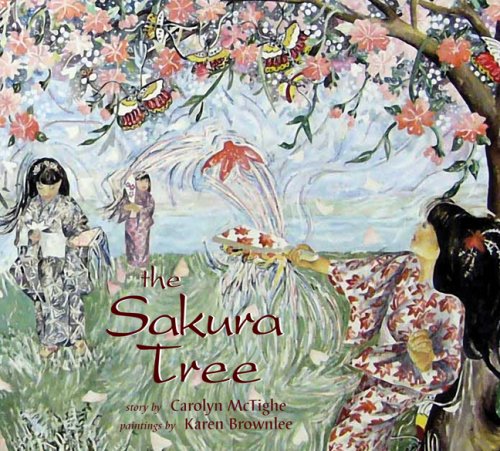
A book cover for The Sakura Tree (Northern Lights Books for Children); Carolyn McTighe; Children's Books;